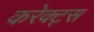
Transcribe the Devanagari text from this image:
करेक्ट्स